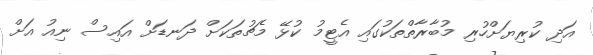
އަދި ކުރިޔަށްހުރި މުބާރާތްތަކުގައި އެޓީމު ކުޅޭ މެޗުތަކަށް ދަނޑަށް އައިސް ނިއު އަށް